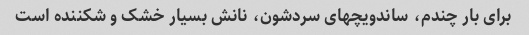
برای بار چندم، ساندویچهای سردشون، نانش بسیار خشک و شکننده است